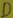
Text: D